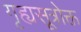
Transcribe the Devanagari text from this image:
गृह्यसूत्रोक्त